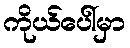
ကိုယ်ပေါ်မှာ